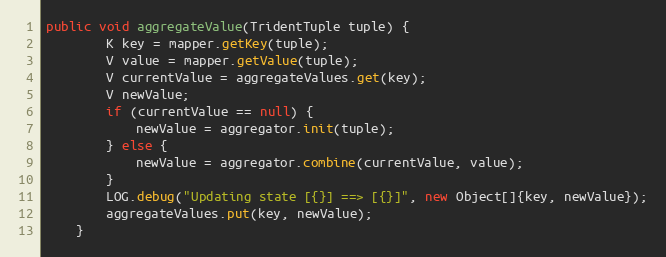
Language: Java
public void aggregateValue(TridentTuple tuple) {
        K key = mapper.getKey(tuple);
        V value = mapper.getValue(tuple);
        V currentValue = aggregateValues.get(key);
        V newValue;
        if (currentValue == null) {
            newValue = aggregator.init(tuple);
        } else {
            newValue = aggregator.combine(currentValue, value);
        }
        LOG.debug("Updating state [{}] ==> [{}]", new Object[]{key, newValue});
        aggregateValues.put(key, newValue);
    }